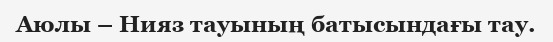
Аюлы – Нияз тауының батысындағы тау.